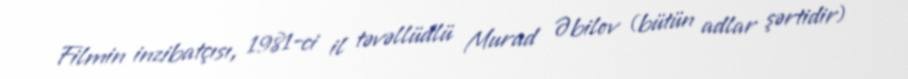
Filmin inzibatçısı, 1981-ci il təvəllüdlü Murad Əbilov (bütün adlar şərtidir)